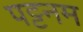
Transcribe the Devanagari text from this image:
पट्टनम